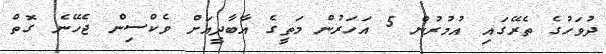
ދުވަހުގެ ތެރޭގައި އުމުރުން 5 އަހަރުން މަތީގެ އާބާދީއަށް ވެކްސިން ޖެހޭނެ ގޮތް